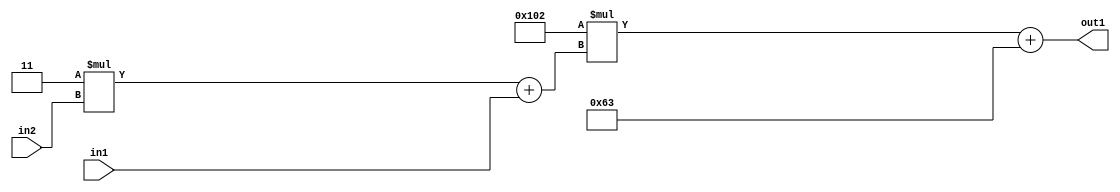
`timescale 1ps / 1ps
/*****************************************************************************
    Verilog RTL Description
    
    
    Created by: Stratus DpOpt 2019.1.01 
*******************************************************************************/

module DC_Filter_Add2i99Mul2i258Add2u1Mul2i3u2_1 (
	in2,
	in1,
	out1
	); /* architecture "behavioural" */ 
input [1:0] in2;
input  in1;
output [11:0] out1;
wire [11:0] asc001;
wire [3:0] asc002;

wire [3:0] asc002_tmp_0;
assign asc002_tmp_0 = 
	+(4'B0011 * in2);
assign asc002 = asc002_tmp_0
	+(in1);

wire [11:0] asc001_tmp_1;
assign asc001_tmp_1 = 
	+(12'B000100000010 * asc002);
assign asc001 = asc001_tmp_1
	+(12'B000001100011);

assign out1 = asc001;
endmodule

/* CADENCE  v7byTAo= : u9/ySgnWtBlWxVPRXgAZ4Og= ** DO NOT EDIT THIS LINE ******/